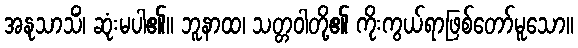
အနုသာသိံ၊ ဆုံးမပါ၏။ ဘူနာထ၊ သတ္တဝါတို့၏ ကိုးကွယ်ရာဖြစ်တော်မူသော။